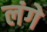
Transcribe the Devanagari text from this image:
लंगे